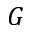
G